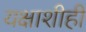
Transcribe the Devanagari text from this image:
यक्षाशीही